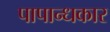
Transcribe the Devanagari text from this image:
पापान्धकार